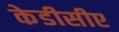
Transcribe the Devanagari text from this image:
केडीसीए